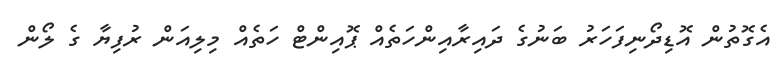
އެގޮތުން އޮޑިދޯނިފަހަރު ބަނުގެ ދައިރާއިންހަތެއް ޕޮއިންޓް ހަތެއް މިލިއަން ރުފިޔާ ގެ ލޯން